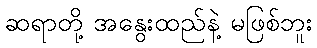
ဆရာတို့ အနွေးထည်နဲ့ မဖြစ်ဘူး